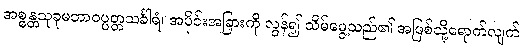
အစ္စန္တသုခုမဘာဝပ္ပတ္တသင်္ခါရံ၊ အပိုင်းအခြားကို လွန်၍ သိမ်မွေ့သည်၏ အဖြစ်သို့ရောက်လျက်